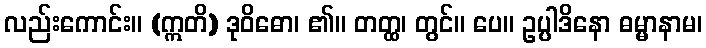
လည်းကောင်း။ (ဣတိ) ဒုဝိဓော၊ ၏။ တတ္ထ၊ တွင်။ ပေ။ ဥပ္ပါဒိနော ဓမ္မာနာမ၊